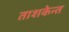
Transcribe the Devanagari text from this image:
ताशकेन्त